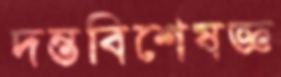
দন্তবিশেষজ্ঞ